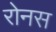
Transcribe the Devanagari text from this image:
रोनस